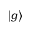
\left| g \right\rangle